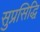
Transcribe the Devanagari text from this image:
सुप्रसिद्धि